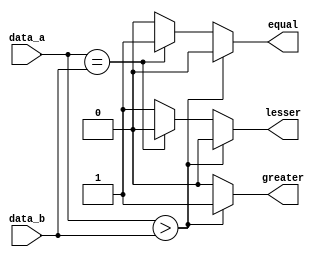
`timescale 1ns / 1ps
//////////////////////////////////////////////////////////////////////////////////
// Company: 
// Engineer: 
// 
// Design Name: 
// Module Name: comp
// Project Name: 
// Target Devices: 
// Tool Versions: 
// Description: 
// 
// Dependencies: 
// 
// Revision:
// Revision 0.01 - File Created
// Additional Comments:
// 
//////////////////////////////////////////////////////////////////////////////////


module comp(
    data_a, data_b, lesser, equal, greater 
    );
    input [3:0] data_a;
    input [3:0] data_b;
    output reg lesser;
    output reg equal;
    output reg greater;
    always @(data_a, data_b)
    begin
        if(data_a > data_b) 
        begin
            lesser = 0;
            equal = 0;
            greater = 1;
            end
        else if(data_a == data_b) 
        begin
            lesser = 0;
            equal = 1;
            greater = 0;
            end
        else
        begin
            lesser = 1;
            equal = 0;
            greater = 0;
            end
       end
endmodule